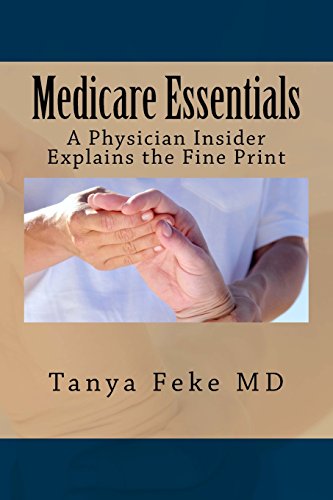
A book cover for Medicare Essentials: A Physician Insider Explains the Fine Print; Tanya Feke MD; Medical Books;